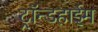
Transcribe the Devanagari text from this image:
ट्रॉन्डहाईम